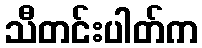
သီတင်းပါတ်က